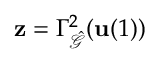
\mathbf { z } = \Gamma _ { \hat { \mathcal { G } } } ^ { 2 } ( \mathbf { u } ( 1 ) )